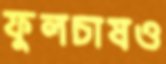
ফুলচাষও